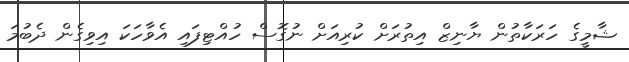
ޝާމީގެ ހަރަކާތުން ޔާނިޒް އިތުރަށް ކުރިއަށް ނުގޮސް ހުއްޓިފައި އެވާހަކަ އިވިގެން ދެބުމަ